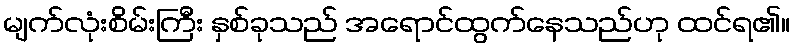
မျက်လုံးစိမ်းကြီး နှစ်ခုသည် အရောင်ထွက်နေသည်ဟု ထင်ရ၏။